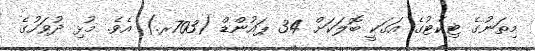
މިތަނުގެ ޓިކެޓުގެ އަގަކީ ބޮލަކަށް 34 ޕައުންޑް (703ރ.) އެވެ. މުޅި ދުވަހުގެ